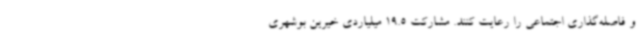
و فاصله‌گذاری اجتماعی را رعایت کنند. مشارکت 19.5 میلیاردی خیرین بوشهری